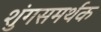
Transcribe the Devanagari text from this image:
शुंगसमर्थक